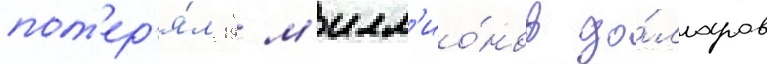
пот'ер'я́л 19 м'илл'ио́нов до́лларов